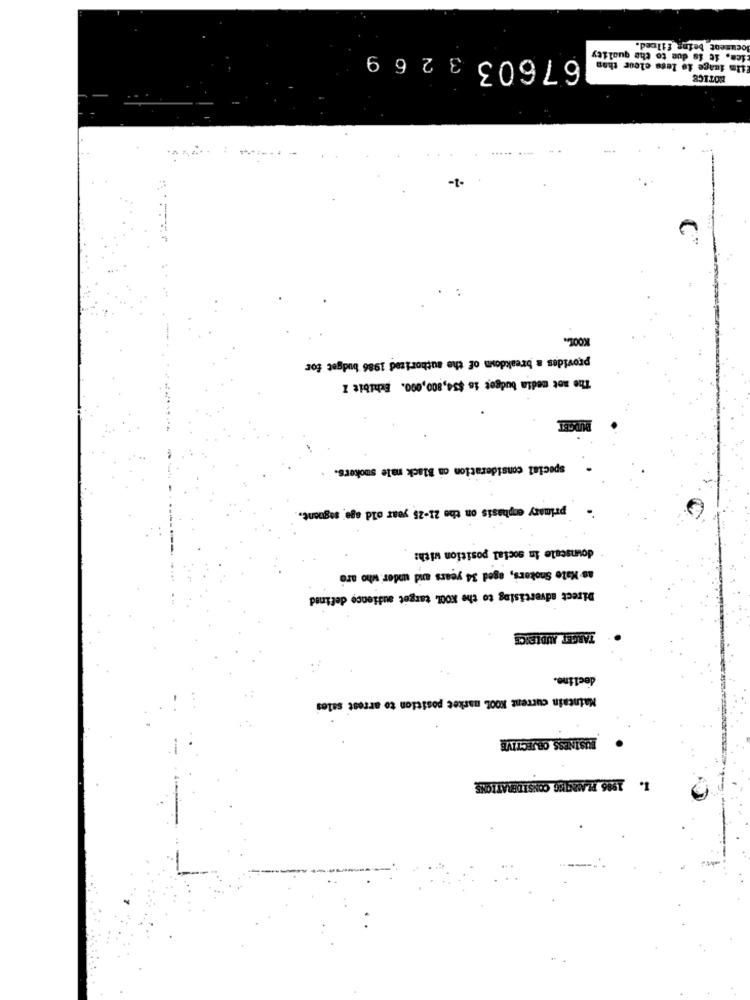
dem. it is due to the quality
ocument being filred.
67603 32 6 9
ilm inage is lese elour than
NOTICE
-1-
KOOL.
provides a breakdown of the authorized 1986 budget for
The net media budget is $34,800,000. Exhibit Z
BUDGET
special consideration où Black male smokers. .
primary emphasis on the 21-25 year old age segnont.
downscale in social position with:
as- Mate Snokers, aged 34 years and under who are
Direct advertising to the KOOL target audience defined
TARGET AUDIENCE
decline.
Maintain current KOOL market position to arrest sales
BUSINESS OBJECTIVE
1. 1986 PLAMENTHEG CONSIDERATIONS